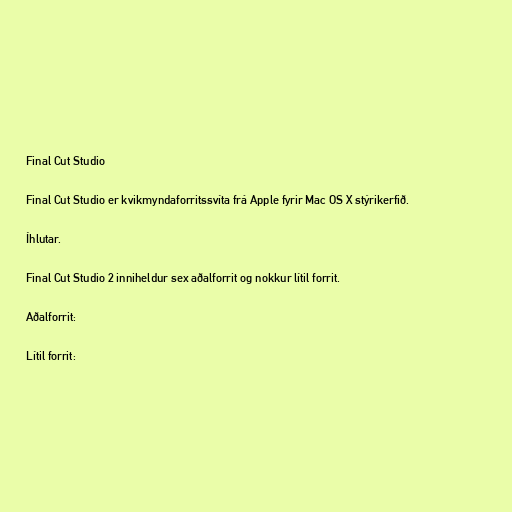
Final Cut Studio

Final Cut Studio er kvikmyndaforritssvíta frá Apple fyrir Mac OS X stýrikerfið.

Íhlutar.

Final Cut Studio 2 inniheldur sex aðalforrit og nokkur lítil forrit.

Aðalforrit:

Lítil forrit: